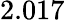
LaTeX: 2.017